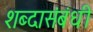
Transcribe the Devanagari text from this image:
शब्दासंबंधी